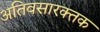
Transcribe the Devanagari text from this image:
अतिवसारक्तक